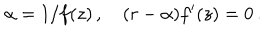
\alpha = 1 / f ( z ) \, , \quad ( r - \alpha ) f ^ { \prime } ( z ) = 0 \, .